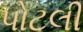
પોટલી